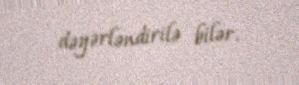
dəyərləndirilə bilər.